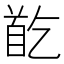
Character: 𩠓